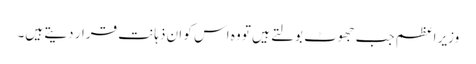
وزیر اعظم جب جھوٹ بولتے ہیں تو وہ اس کو ان ذہانت قرار دیتے ہیں۔